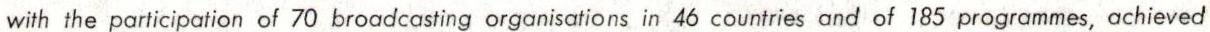
with the participation of 70 broadcasting organisations in 46 countries and of 185 programmes, achieved